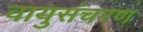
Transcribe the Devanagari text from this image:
वायुसंचरण